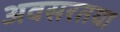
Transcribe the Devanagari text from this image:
अवसरतया